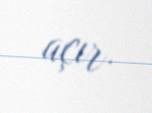
açır.